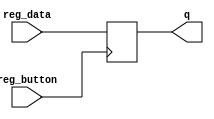
module register4
(
  input  [3:0] reg_data,
  input reg_button,
  output reg [3:0] q  
);
always @(posedge reg_button)
     	 q <= reg_data;
endmodule

module R4 (JMP, Z_JMP, PZ_JMP, Z_flag, PZ_flag, Output_button, data_out, MUX_switch, Acc_button, 
           Acc, counter, timer555, RAM_button, data_in, RAM_out);
   parameter ADDR_WIDTH = 2;
   parameter DATA_WIDTH = 4;
   
   input JMP, Z_JMP, PZ_JMP;
   output Z_flag, PZ_flag;
   
   input Output_button;
   output [3:0] data_out;
   
   input [1:0] MUX_switch;
   input Acc_button; 
   output [3:0] Acc;
   
   input timer555; 
   output [1:0] counter;
   // input [N-1:0] adr; 
   input RAM_button;
   input [DATA_WIDTH-1:0] data_in;
   output [DATA_WIDTH-1:0] RAM_out;
// flags
wire Z,PZ;
assign Z = Z_flag & Z_JMP;
assign PZ = PZ_flag & PZ_JMP;   
// Counter
reg [1:0] counter;
always @ (posedge timer555 or posedge JMP or posedge Z or posedge PZ)
  if (JMP|Z|PZ)
       counter <= data_in[1:0];  
  else
     counter <= counter + 2'b01;
// RAM 
 wire [ADDR_WIDTH-1:0] adr;
    assign adr = counter;
reg [DATA_WIDTH-1:0] mem [2**ADDR_WIDTH-1:0]; 
    always @(posedge RAM_button) 
        mem [adr] <= Acc;
assign RAM_out = mem[adr];
// sum 
wire [3:0] sum;
assign sum =  Acc + RAM_out;
//subtract
wire [3:0] subtract;
assign subtract =  Acc - RAM_out;
// MUX4
reg [3:0] MUX4; 
always @*
MUX4 = MUX_switch[1] ? (MUX_switch[0] ? RAM_out : subtract)
: (MUX_switch[0] ? sum : data_in);
//Acc
register4 Acc_reg(
	.reg_data(MUX4),
	.reg_button(Acc_button),
	.q(Acc)
);
//data_out
register4 Output_reg(
.reg_data(Acc),
.reg_button(Output_button),
.q(data_out)
);
   assign Z_flag =  ~(|Acc);
   assign PZ_flag =  ~Acc[3];
endmodule